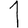
Digit: 1